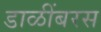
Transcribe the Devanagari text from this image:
डाळींबरस